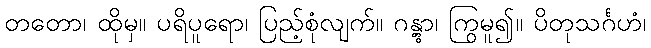
တတော၊ ထိုမှ။ ပရိပူရော၊ ပြည့်စုံလျက်။ ဂန္တွာ၊ ကြွမူ၍။ ပိတုသင်္ဂဟံ၊